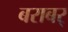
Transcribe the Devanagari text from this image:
बराबर्